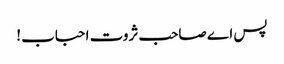
پس اے صاحب ثروت احباب !